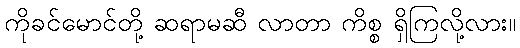
ကိုခင်မောင်တို့ ဆရာမဆီ လာတာ ကိစ္စ ရှိကြလို့လား။